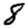
Digit: 8